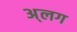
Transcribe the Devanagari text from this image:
अ्लग